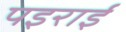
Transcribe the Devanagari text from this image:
पइराई